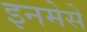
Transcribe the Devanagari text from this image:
इनमेसे